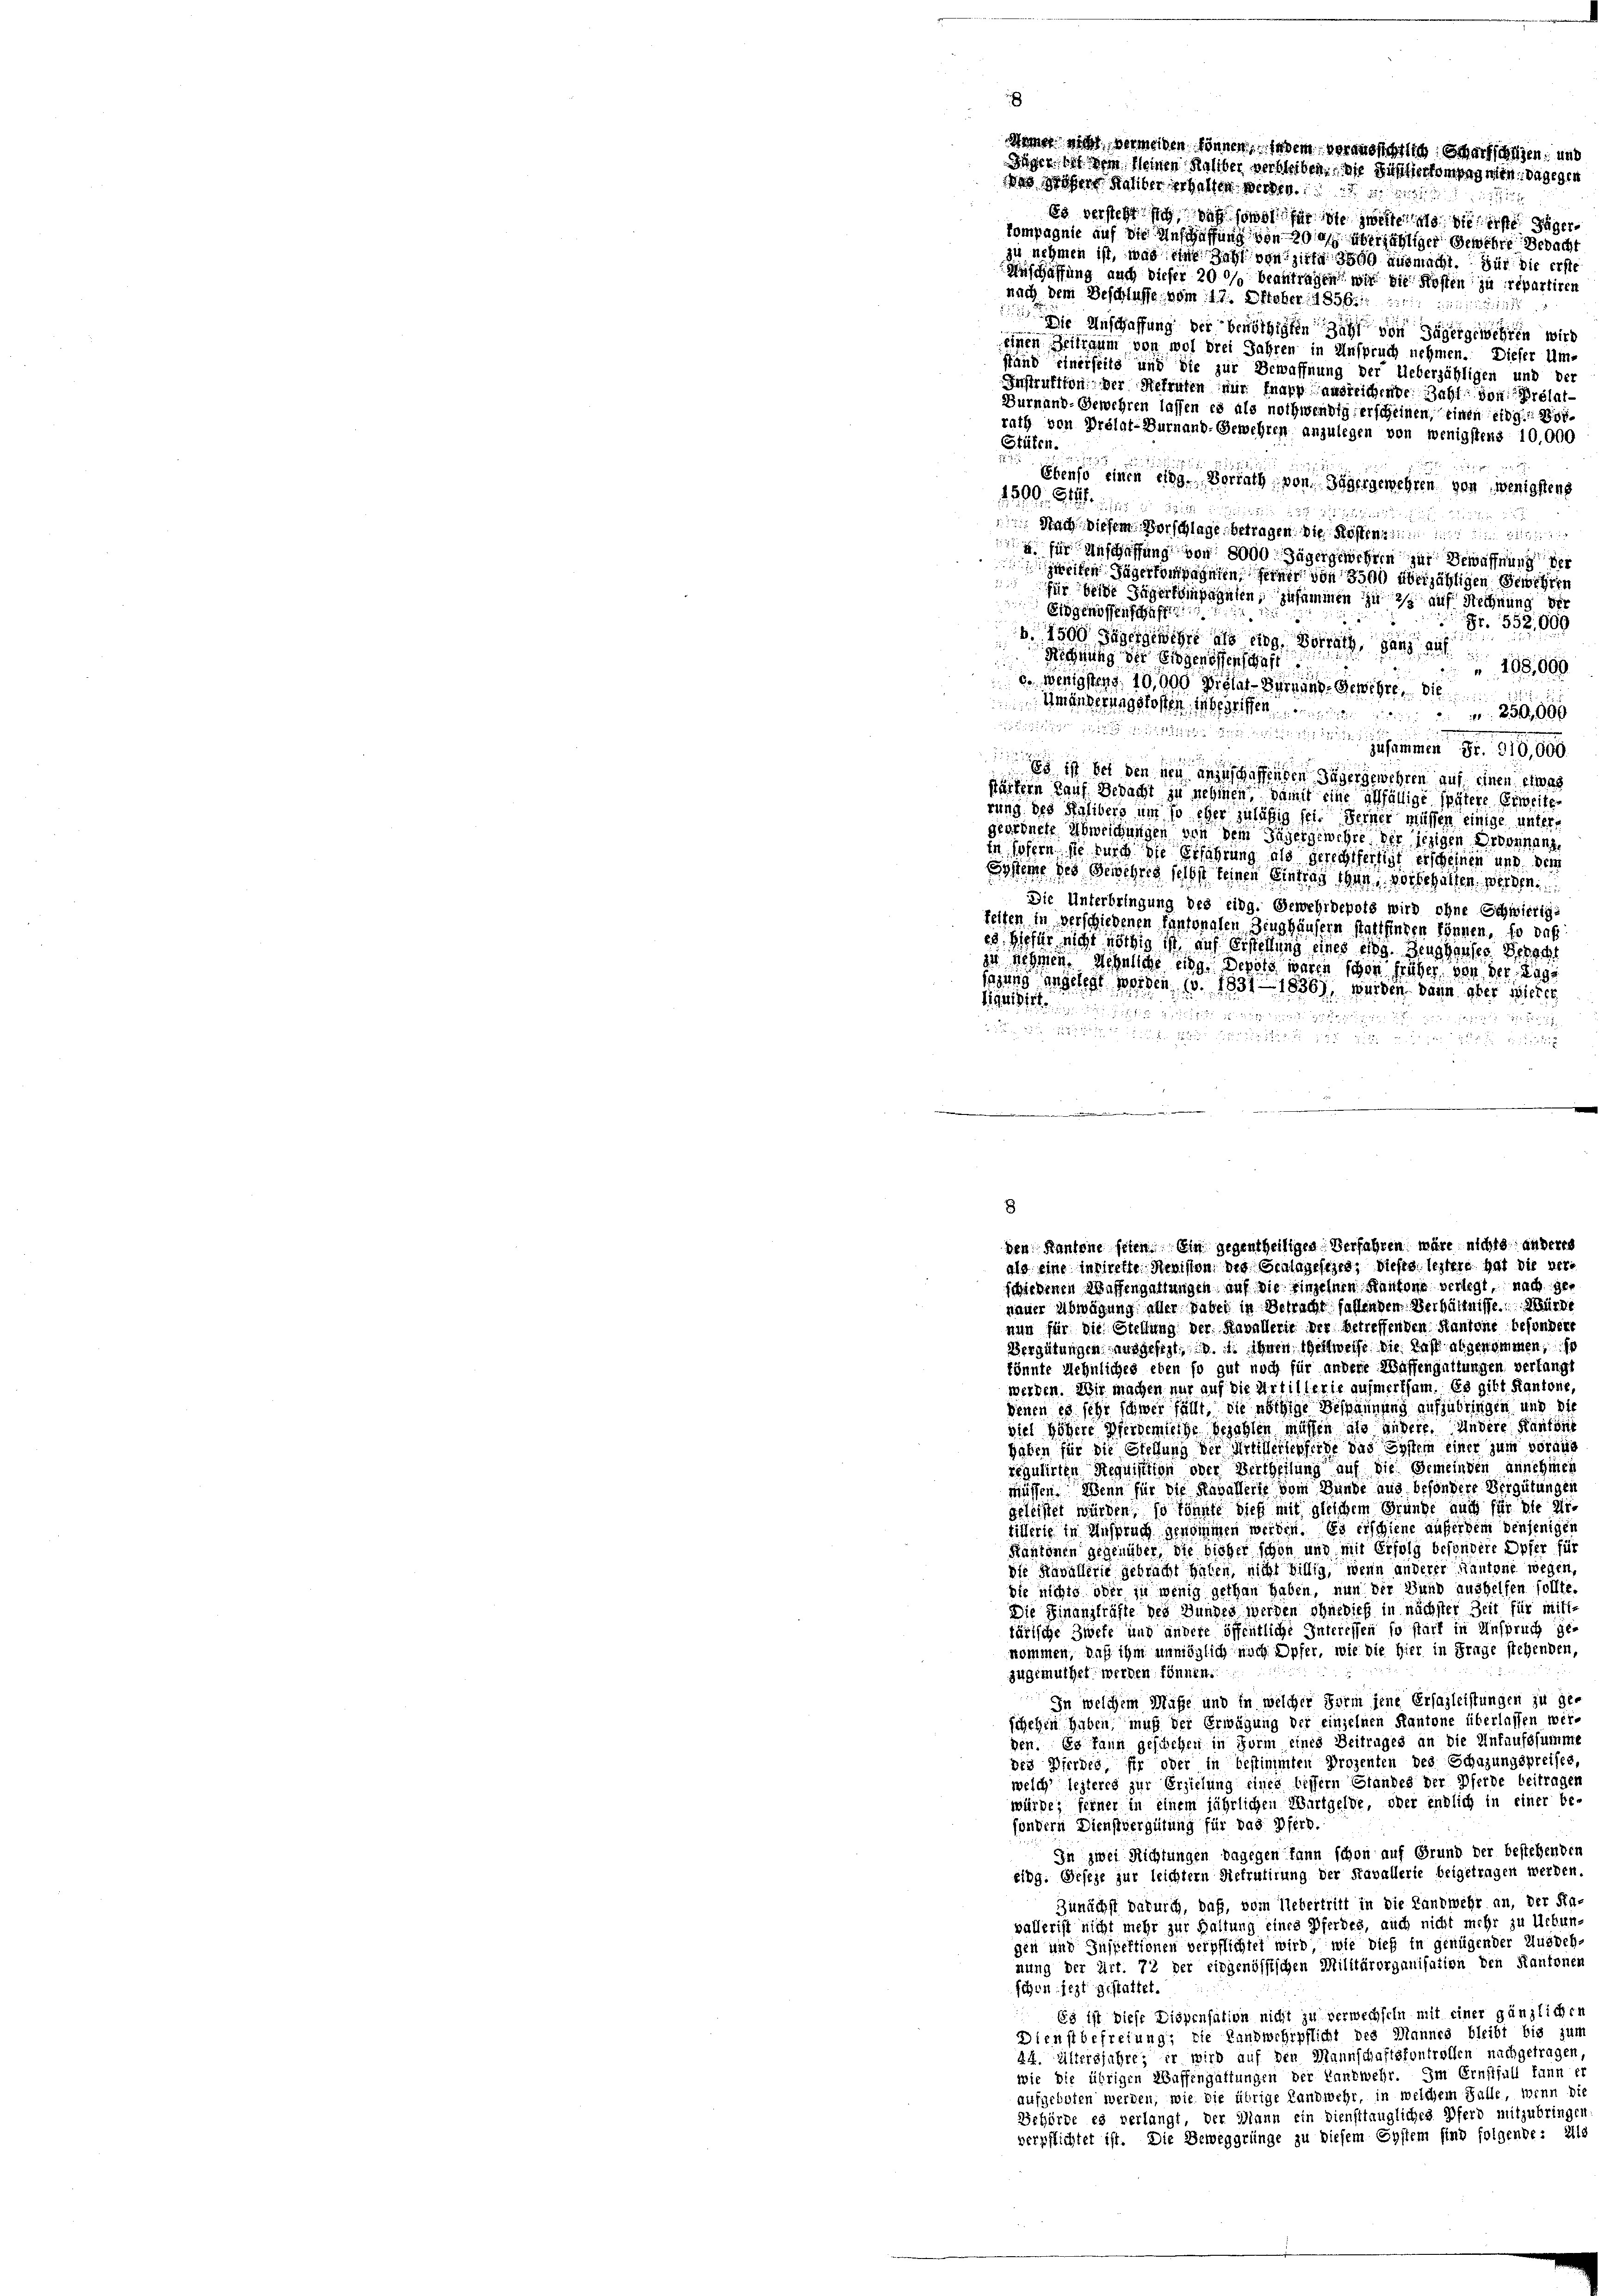
nicht vermeiden können, indem veraussichtlich Scharfschützen; und
Jäger, bei dem Kleinen Halber verbleiben. Die Füsilierkompagnien, dagegen
des Hohen Halber erhalten werden.
Es versteht sich auf sowol für sie zweite die erste Jäger
kompagnie auf die Anschaffung von gar überfälliger Gewehre Bedacht
zu nehmen ist, was eine Zahl von zieht 3500 ausmacht. Für die erste
Anschaffung auch dieser 200/ beantragen wird die Kosten zu repartiren
nach dem Beschlusse vom 17. Ofteber 1856. 11
127
 Die Anschaffung der benöthigten Zahl von Jägergewehren wird
einen Zeiligum von wol drei Jahren in Anspruch nehmen. Dieser Um-
stand einerseits und die zur Bewaffnung der Lieberzähligen und der
Instruktion der Rekruten nur knapp ausreichende Zahl von relat¬
Durnand-Gewehren lassen es als nothwendig erscheinen, einen eidg. Vorrath von Prélat-Burnand-Gewehren anzulegen von wenigstens 10,000
Stüten.
Ebenso einen eine Vorrath von Dägergewehren von wenigstens
1500. G.

a
 Nach. Diesem Vorschlage betragen. Die Kosten
. für Anschaffung von 8000 Jäger gewehren zur Bewaffnung der
eten Jägerkompagnien, seiner von 3500 überzähligen Gewehren
für beide Jägerkompagnien, zusammen zu 2 auf Rechnung der
Eidgenossenschaf
Fr. 552,000
 1500 Jäger gewehre als eing. Vorrath, ganz auf
Richnung der Eidgenossenschaft.
 298,000
d. Wenigstens 10,000 Prälat-Vernung, Gewehre, die
Gmänderungskosten, inbegriffen
250,000

esammen

12
Es ist bei den neu anzuschaffenden Jäger gewehren auf einen etwas
Märtern Kauf Bedacht zu nehmen, damit eine allfällige spätere Erweite
rung des Kalibers um so eher zuläßig sei. Ferner müssen einige untergeordnete Abweichungen von dem Jägergewehre der jezigen Erbennung
in sofern sie und die Erfahrung als gerechtfertigt erscheinen und dem
Scheine des Gewehres selbst keinen Eintrag thun, vorbehalten, werden.
Die Unterbringung des eidg. Gewehrdepots wird ohne Schwierige
feiten in verschiedenen Cantonalen Zeughäusern stattfinden können, so daß
es hiefür nicht nöthig ist auf Erstellung eines eidg. Zeughauses Gerecht
zu nehmen. Aehnliche Eig
epots waren schon früher von der Lage
sagung angelegt worden. (v. 1831. 1836), wurden dann aber wieder
Beihilfe

2

8
den Kantone feien. Ein gegentheiligen Verfahren wäre nichts anderes
als eine indirekte Revision, die Graldgesehen, dieses leztere hat die verschiedenen Waffengattungen auf die Einzelnen Kantone verlegt, nach genauer Abwägung aller dabei in Betracht fallenden Verhältnisse. Würde

nun für die Stellung der Kavallerit der betreffenden Kantone besondere
Vergütungen ausgesezt, u. s. ihnen Westweise die Last abgenommen,
tönnte Aehnliches eben so gut noch für andere Waffengattungen, verlangt
werden. Wir machen nur auf die Artillerie aufmerksam. Es gibt Kantone,
Denen es sehr schwer fällt, die nöthige Bespannung aufzubringen und die
viel Höhere Pferdemiethe bezahlen müssen die andere. Andere Kanton
haben für die Stellung der Artillerlepferde das System einer zum voraus
regulirten Requisition oder Vertheilung auf die Gemeinden annehmen
müssen. Wenn für die Haballerie vom Bunde aus besondere Vergütungen
geleistet würden, so könnte dieß mit gleichem Gründe auch für die Ar-
tieferie in Anspruch genommen werden. Es erschiene außerdem denjenigen
Rantonen gegenüber, die bisher schon und mit Erfolg besondere Opfer für
die Kavallerie gebracht haten, nicht billig, wenn anderer Kantone wegen,
Sie nichts oder zu wenig gethan haben, nun der Bund aushelfen sollte.
Die Finanzkräfte des Bundes werden ohnedieß in nächster Zeit für mitttärische Zwete und andere öffentliche Interessen so start in Anspruch ge-
nommen, daß ihm unmöglich noch Opfer, wie die hier in Frage stehenden,
zugemuthet werden können.
In welchem Maße und in welcher Form jene Ersazleistungen zu ge-
schehen haben muß der Erwägung der einzelnen Kantone überlassen wirden. Es kann geschehen in Form eines Beitrages an die Unfaufssumme
des Bierdes, für oder in bestimmten Prozenten des Schazungspreises,
welch leiteres zur Erziehung einer bessern Standes der Pferde beitragen
würde; ferner in einem jährlichen Wartgelde, oder endlich in einer besondern Dienstvergütung für das Pferd.
In zwei Richtungen dagegen kann schon auf Grund der bestehenden
Eidg. Geseze zur leichtern Siefrutirung der Kavellerie beigetragen werden.
Zunächst daturig, daß, vom Uebertritt in die Landwehr an, der Sta-
vallerist nicht mehr zur Haltung eines Pferdes, auch nicht mehr zu Urkun-
gen und Inspektionen verpflichtet wird, wie dieß in genügender Ausdehnung der Art. 72 der eidgenössischen Militärorganisation den Kantonen
schon jezt gestattet.
Es ist diese Dispensation nicht zu verwechseln mit einer gänzlichen
Dienstbefreiung, die Landwehrpflicht des Mannes bleibt bis zum
44. Altersjahre; er wird auf den Mannschaftsfontrollen nachgetragen,
wie die übrigen Waffengattungen der Landwehr. Im Ernstfall fann er
aufgeboten werden, wie die übrige Landwehr, in welchem Falle, wenn die
Behörde es verlangt, der Mann ein Diensttaugliches Pferd mitzubringen
verpflichtet ist. Die Beweggrünge zu diesem Eystem sind folgende: Alle